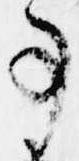
事